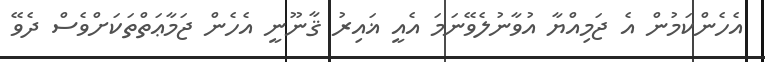
އެހެންކަމުން އެ ޖަމިއްޔާ އުވާނުލެވޭނަމަ އެއީ ޣައިރު ޤާނޫނީ އެހެން ޖަމާޢަތްތަކަށްވެސް ދެވޭ